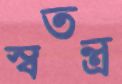
স্বতন্ত্র